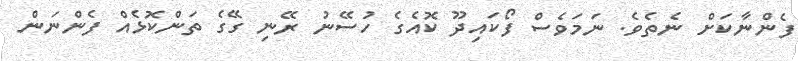
ފެންނާކަށް ނެތެވެ. ނަމަވެސް ފޯކައިދޫ ކޮއެގެ ހުސޭނު ރޭނި ގޭގެ ތަންކޮޅެއް ފެންނަން